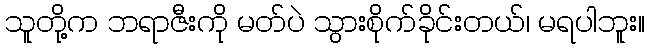
သူတို့က ဘရာဇီးကို မတ်ပဲ သွားစိုက်ခိုင်းတယ်၊ မရပါဘူး။